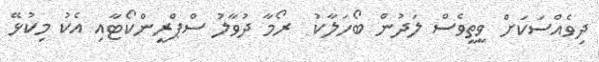
ދިވެއްސަކަށް ވީތީވެސް ލަދުން ބޯހަލާކު  ރޯމާ ދުވާލު ސްޕްރީންކޯޓާއި އެކު މިކުޅޭ